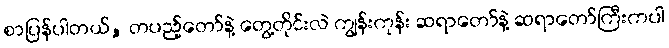
စာပြန်ပါတယ်, တပည့်တော်နဲ့ တွေ့တိုင်းလဲ ကျွန်းကုန်း ဆရာတော်နဲ့ ဆရာတော်ကြီးကပါ